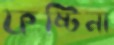
ফষ্টিনা